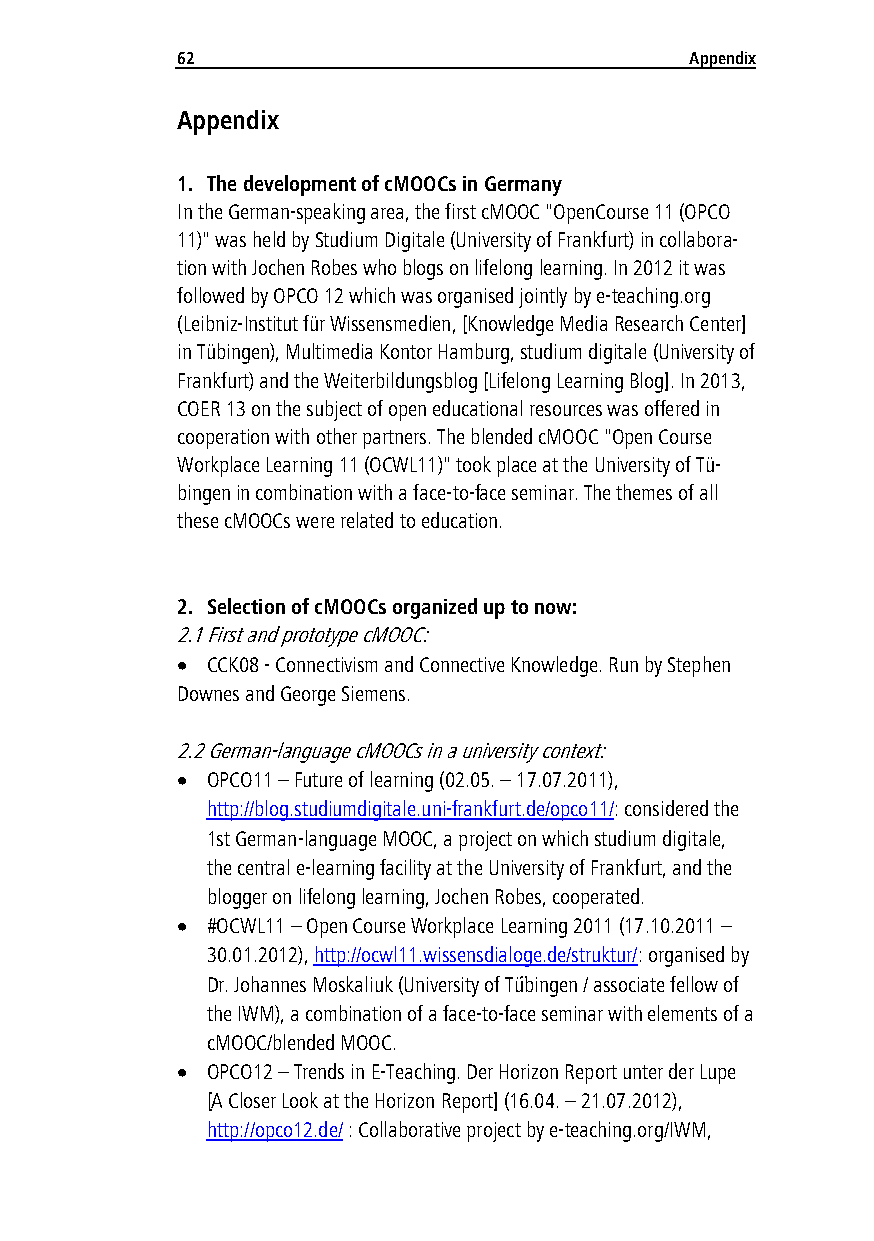
62                                Appendix
 Appendix
 1. The development of cMOOCs in Germany
 In the German-speaking area, the first cMOOC "OpenCourse 11 (OPCO
 11)" was held by Studium Digitale (University of Frankfurt) in collabora-
 tion with Jochen Robes who blogs on lifelong learning. In 2012 it was
 followed by OPCO 12 which was organised jointly by e-teaching.org
 (Leibniz-Institut für Wissensmedien, [Knowledge Media Research Center]
 in Tübingen), Multimedia Kontor Hamburg, studium digitale (University of
 Frankfurt) and the Weiterbildungsblog [Lifelong Learning Blog]. In 2013,
 COER 13 on the subject of open educational resources was offered in
 cooperation with other partners. The blended cMOOC "Open Course
 Workplace Learning 11 (OCWL11)" took place at the University of Tü-
 bingen in combination with a face-to-face seminar. The themes of all
 these cMOOCs were related to education.
 2. Selection of cMOOCs organized up to now:
 2.1 First and prototype cMOOC:
  CCK08 - Connectivism and Connective Knowledge. Run by Stephen
 Downes and George Siemens.
 2.2 German-language cMOOCs in a university context:
  OPCO11 – Future of learning (02.05. – 17.07.2011),
 http://blog.studiumdigitale.uni-frankfurt.de/opco11/: considered the
 1st German-language MOOC, a project on which studium digitale,
 the central e-learning facility at the University of Frankfurt, and the
 blogger on lifelong learning, Jochen Robes, cooperated.
  #OCWL11 – Open Course Workplace Learning 2011 (17.10.2011 –
 30.01.2012), http://ocwl11.wissensdialoge.de/struktur/: organised by
 Dr. Johannes Moskaliuk (University of Tü̈bingen / associate fellow of
 the IWM), a combination of a face-to-face seminar with elements of a
 cMOOC/blended MOOC.
  OPCO12 – Trends in E-Teaching. Der Horizon Report unter der Lupe
 [A Closer Look at the Horizon Report] (16.04. – 21.07.2012),
 http://opco12.de/ : Collaborative project by e-teaching.org/IWM,